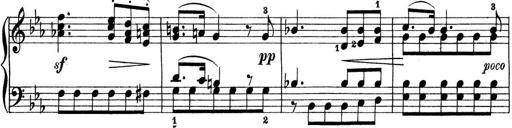
Title: Preis-Sonatine
Composer: Ernst James Bremner